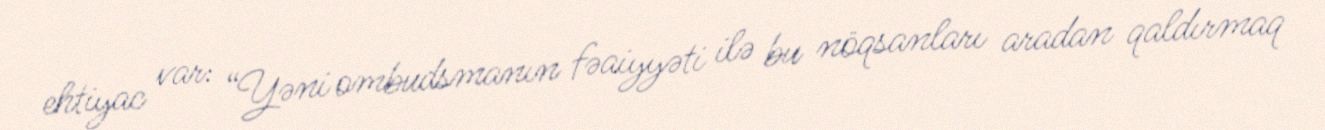
ehtiyac var: “Yəni ombudsmanın fəaiyyəti ilə bu nöqsanları aradan qaldırmaq